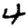
Digit: 4